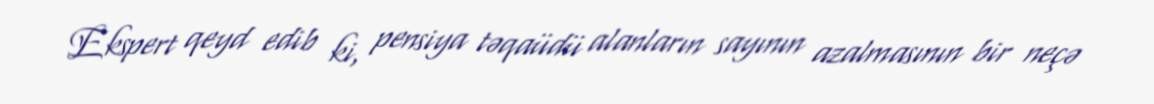
Ekspert qeyd edib ki, pensiya təqaüdü alanların sayının azalmasının bir neçə